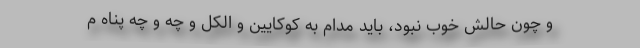
و چون حالش خوب نبود، باید مدام به کوکایین و الکل و چه و چه پناه م